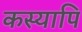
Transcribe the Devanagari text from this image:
कस्यापि